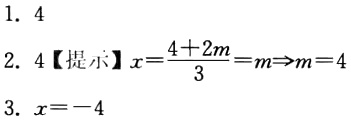
1. 4

2. 4【提示】$x = \frac{4 + 2m}{3}=m\Rightarrow m = 4$

3. $x=-4$